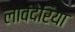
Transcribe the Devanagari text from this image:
लावंदेरिया